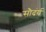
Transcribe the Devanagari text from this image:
सौदंर्य